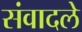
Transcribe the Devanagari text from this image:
संवादले